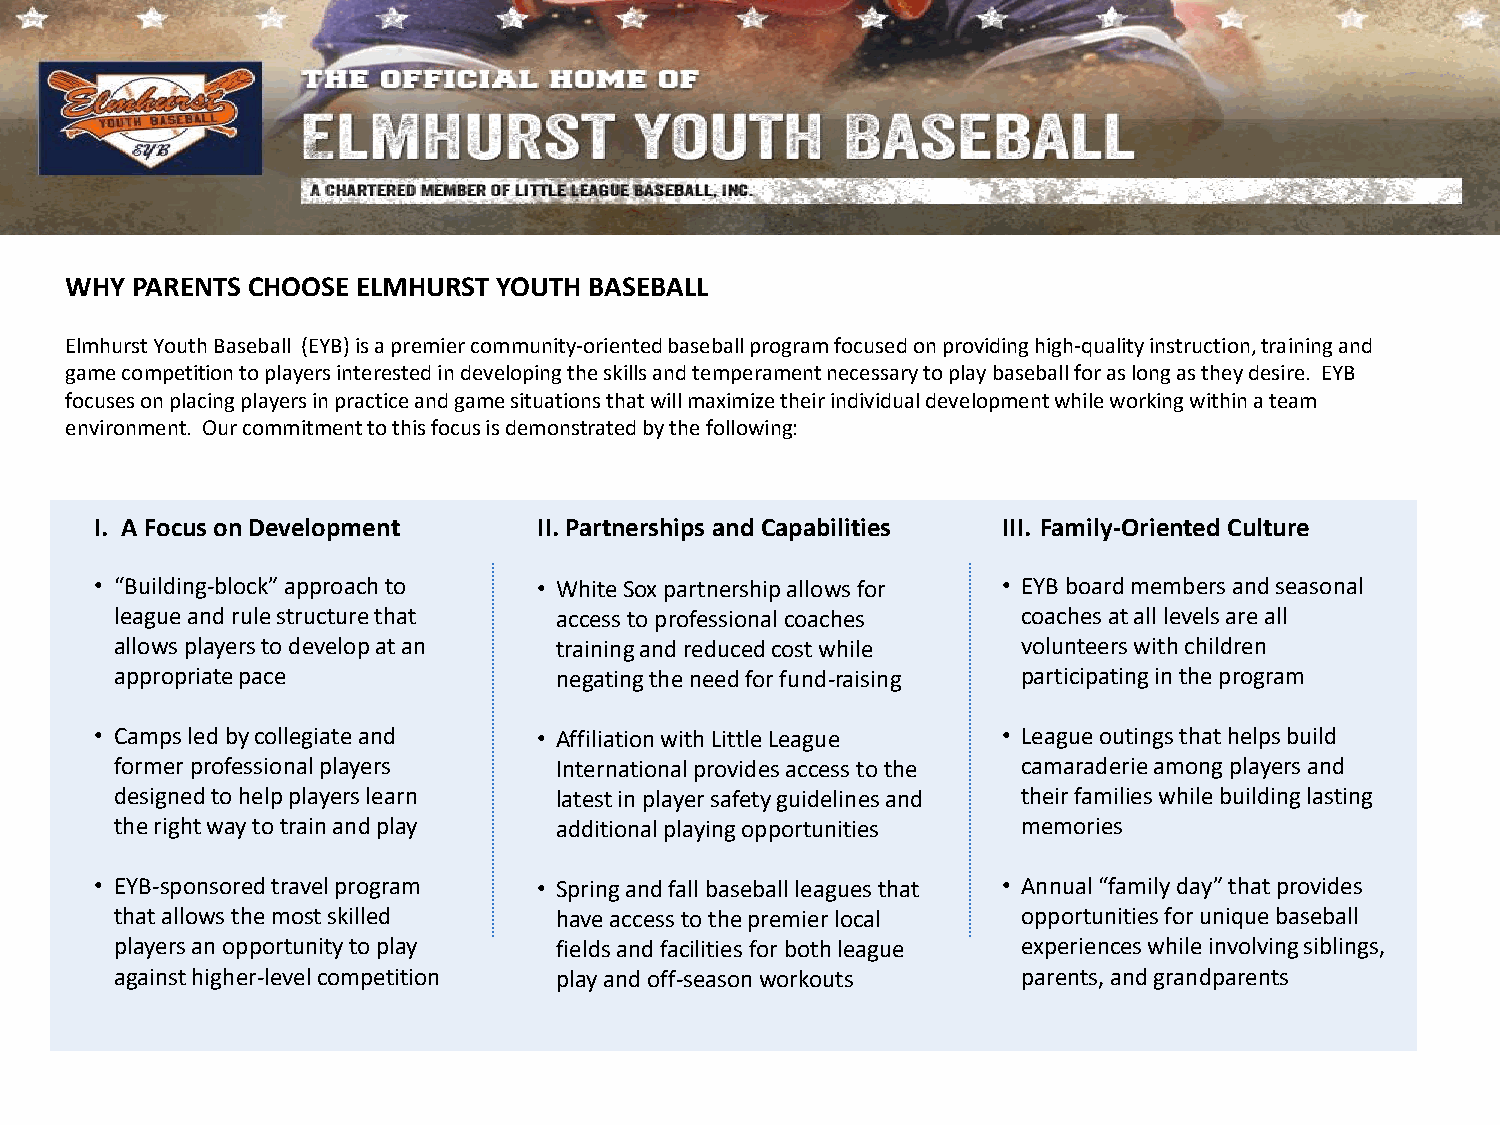
WHY  PARENTS CHOOSE ELMHURST YOUTH BASEBALL
 Elmhurst Youth Baseball (EYB) is a premier community-oriented baseball program focused on providing high-quality instruction, training and
 game competition to players interested in developing the skills and temperament necessary to play baseball for as long as they desire. EYB
 focuses on placing players in practice and game situations that will maximize their individual development while working within a team
 environment. Our commitment to this focus is demonstrated by the following:
 I. A Focus on Development     II. Partnerships and Capabilities III. Family-Oriented Culture
 • “Building-block” approach to • White Sox partnership allows for • EYB board members and seasonal
 league and rule structure that access to professional coaches coaches at all levels are all
 allows players to develop at an training and reduced cost while volunteers with children
 appropriate pace             negating the need for fund-raising participating in the program
 • Camps led by collegiate and • Affiliation with Little League • League outings that helps build
 former professional players  International provides access to the camaraderie among players and
 designed to help players learn latest in player safety guidelines and their families while building lasting
 the right way to train and play additional playing opportunities memories
 • EYB-sponsored travel program • Spring and fall baseball leagues that • Annual “family day” that provides
 that allows the most skilled have access to the premier local opportunities for unique baseball
 players an opportunity to play fields and facilities for both league experiences while involving siblings,
 against higher-level competition play and off-season workouts parents, and grandparents